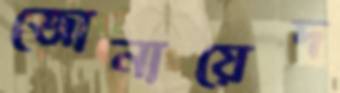
জোনায়েদ